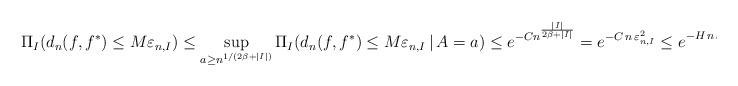
LaTeX: \begin{align*}\Pi_I(d_n(f,f^\ast) \leq M \varepsilon_{n,I} ) \leq \sup_{a\geq n^{1/(2\beta+ |I|)}} \Pi_I(d_n(f,f^\ast) \leq M \varepsilon_{n,I} \, |\, A=a) \leq e^{-C n^{\frac{|I|}{2\beta + |I|}}} = e^{-C\,n\,\varepsilon_{n,I}^2} \leq e^{-H \,n\,\varepsilon_{n,I^\ast}^2}\end{align*}